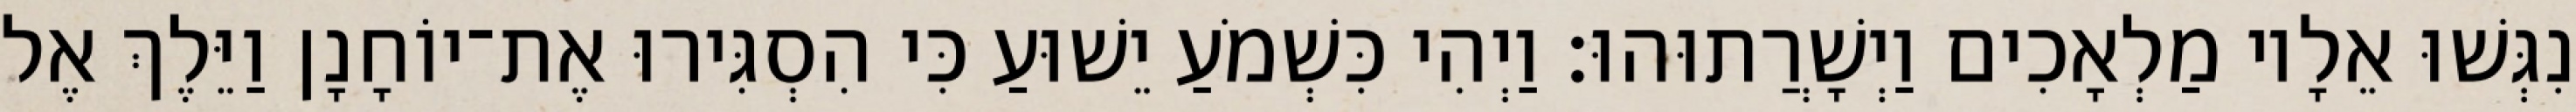
נִגְּשׁוּ אֵלָיו מַלְאָכִים וַיְשָׁרֲתוּהוּ׃ וַיְהִי כִּשְׁמֹעַ יֵשׁוּעַ כִּי הִסְגִּירוּ אֶת־יוֹחָנָן וַיֵּלֶךְ אֶל